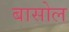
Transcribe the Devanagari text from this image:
बासोल